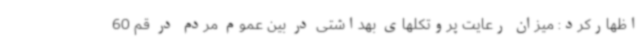
اظهارکرد: میزان رعایت پروتکلهای بهداشتی در بین عموم مردم در قم 60